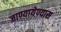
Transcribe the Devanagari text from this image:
जाण्यायेण्यास